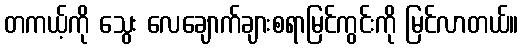
တကယ့်ကို သွေး လေချောက်ချားစရာမြင်ကွင်းကို မြင်လာတယ်။